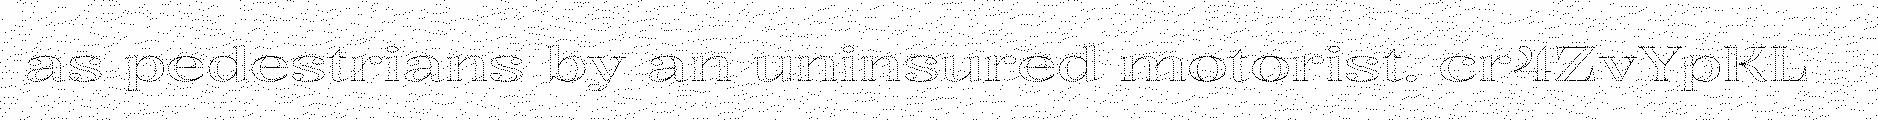
as pedestrians by an uninsured motorist. cr4ZvYpKL